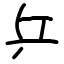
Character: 乒